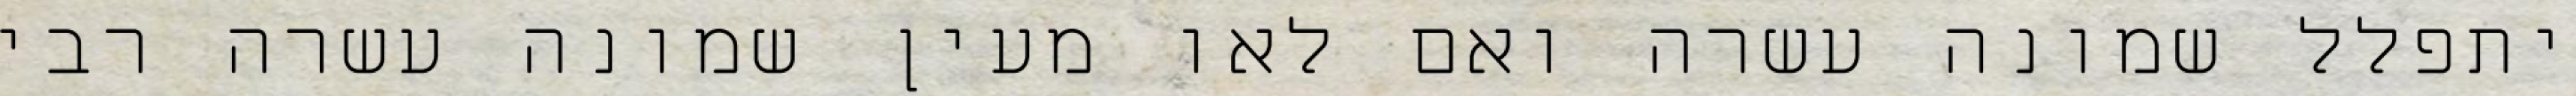
יתפלל שמונה עשרה ואם לאו מעין שמונה עשרה רבי